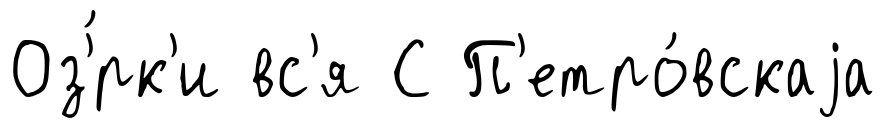
Оз'́рк'и вс'я С П'етро́вскаjа